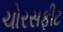
ચોરસફીટ